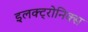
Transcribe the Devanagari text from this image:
इलक्ट्रोनिक्स